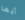
أيها